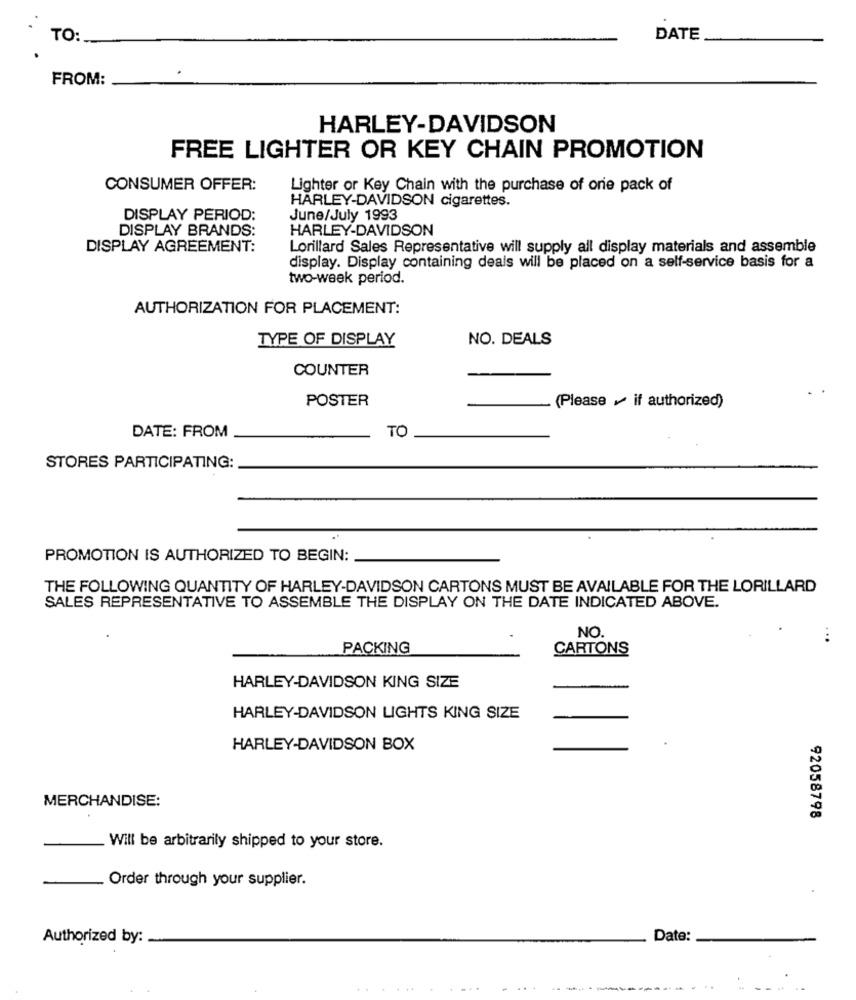
TO:
DATE
FROM:
HARLEY-DAVIDSON
FREE LIGHTER OR KEY CHAIN PROMOTION
CONSUMER OFFER:
Lighter or Key Chain with the purchase of one pack of
HARLEY-DAVIDSON cigarettes.
DISPLAY PERIOD:
June/July 1993
DISPLAY BRANDS:
HARLEY-DAVIDSON
DISPLAY AGREEMENT:
Lorillard Sales Representative will supply all display materials and assemble
display. Display containing deals will be placed on a self-service basis for a
two-week period.
AUTHORIZATION FOR PLACEMENT:
TYPE OF DISPLAY
NO. DEALS
COUNTER
POSTER
(Please . if authorized)
TO
DATE: FROM
STORES PARTICIPATING:
PROMOTION IS AUTHORIZED TO BEGIN:
THE FOLLOWING QUANTITY OF HARLEY-DAVIDSON CARTONS MUST BE AVAILABLE FOR THE LORILLARD
SALES REPRESENTATIVE TO ASSEMBLE THE DISPLAY ON THE DATE INDICATED ABOVE.
NO.
...
PACKING
CARTONS
HARLEY-DAVIDSON KING SIZE
HARLEY-DAVIDSON LIGHTS KING SIZE
HARLEY-DAVIDSON BOX
MERCHANDISE:
92058798
Will be arbitrarily shipped to your store.
Order through your supplier.
Authorized by:
Date:
...
...... -
...
..